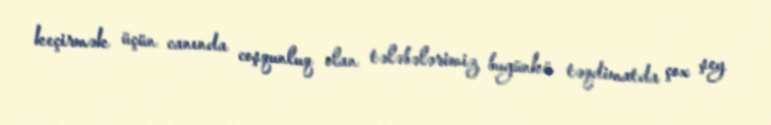
keçirmək üçün canında coşqunluq olan tələbələrimiz bugünkü təqdimatda çox şey